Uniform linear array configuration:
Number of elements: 12
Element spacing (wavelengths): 0.75
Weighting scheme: blackman
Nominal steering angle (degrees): -30
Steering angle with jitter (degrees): -29.033
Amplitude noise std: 0.05
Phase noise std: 0.05

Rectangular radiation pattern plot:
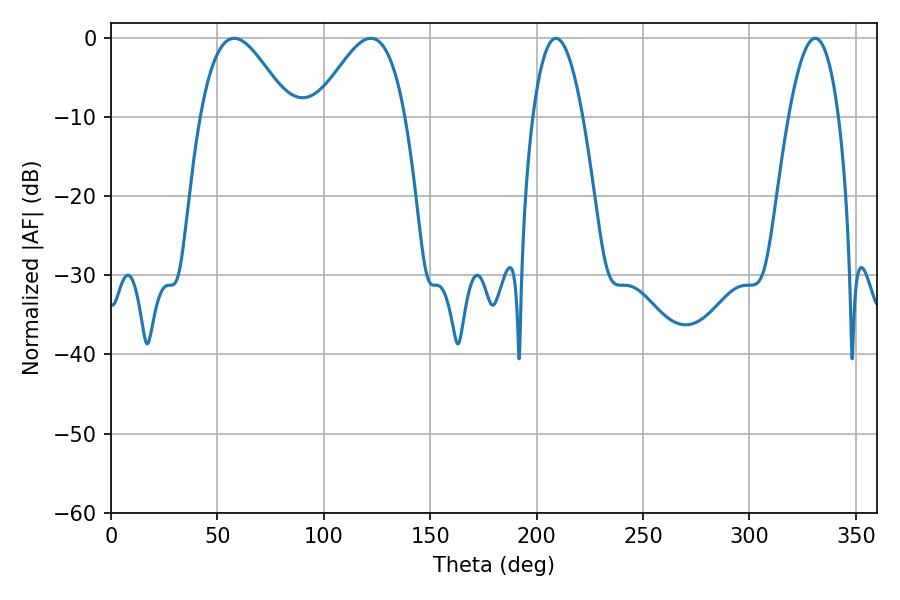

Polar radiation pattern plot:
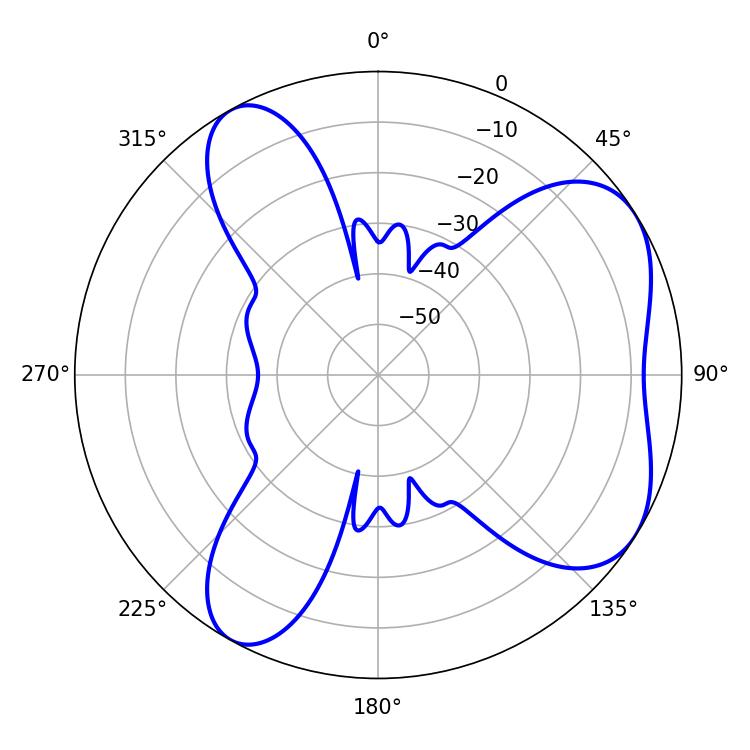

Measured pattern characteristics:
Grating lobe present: TRUE
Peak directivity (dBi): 5.736
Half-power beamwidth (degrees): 22.68
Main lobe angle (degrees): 57.96